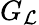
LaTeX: G_{\mathcal{L}}